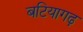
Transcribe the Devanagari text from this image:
बटियागढ़